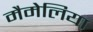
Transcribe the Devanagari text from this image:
मैमेलिया